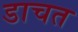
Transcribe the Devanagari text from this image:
डाचत